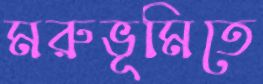
মরুভূমিতে